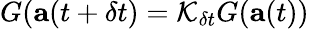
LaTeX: G(\mathbf{a}(t+\delta t)=\mathcal{K}_{\delta t}G(\mathbf{a}(t))